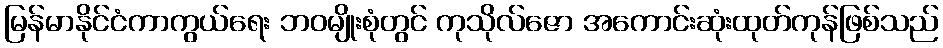
မြန်မာနိုင်ငံကာကွယ်ရေး ဘဝမျိုးစုံတွင် ကုသိုလ်ဇော အကောင်းဆုံးထုတ်ကုန်ဖြစ်သည်